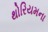
થોરિયમના